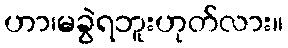
ဟာ၊မခွဲရဘူးဟုတ်လား။